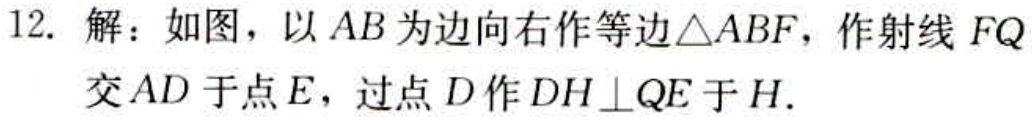
12. 解：如图，以 \(AB\) 为边向右作等边\(\triangle ABF\)，作射线 \(FQ\) 交 \(AD\) 于点 \(E\)，过点 \(D\) 作 \(DH\perp QE\) 于 \(H\).